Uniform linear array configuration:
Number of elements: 64
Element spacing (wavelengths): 0.25
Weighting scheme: exponential
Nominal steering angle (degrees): -15
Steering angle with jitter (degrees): -13.508
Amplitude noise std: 0.05
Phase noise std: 0.05

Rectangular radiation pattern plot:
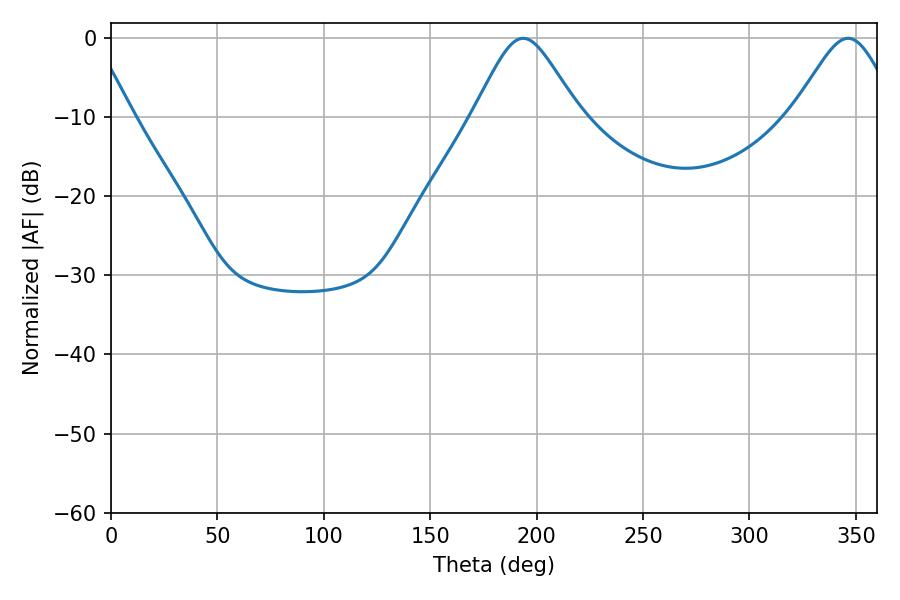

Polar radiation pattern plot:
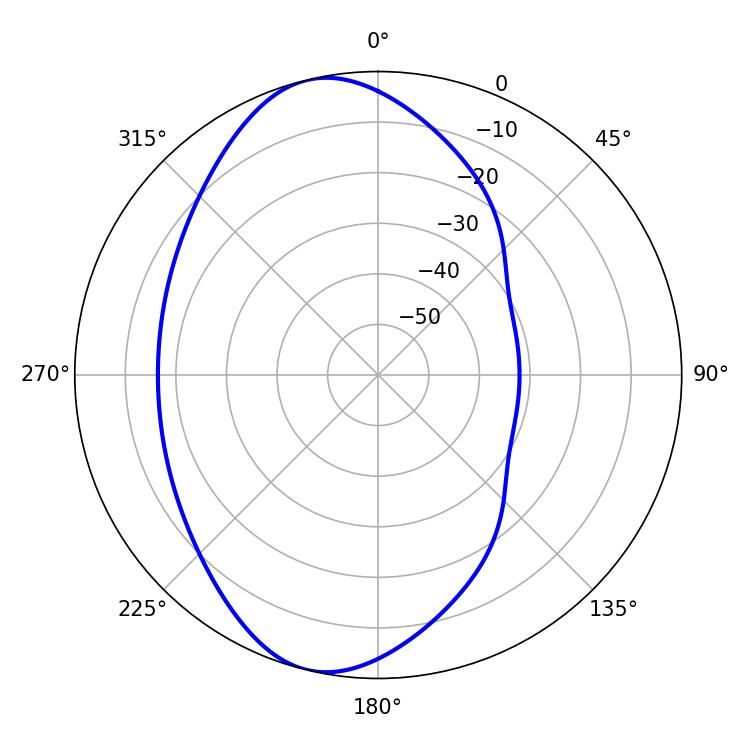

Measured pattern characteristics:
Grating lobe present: FALSE
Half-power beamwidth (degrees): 24.12
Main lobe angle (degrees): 193.68